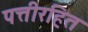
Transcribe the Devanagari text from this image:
पत्तीरहित